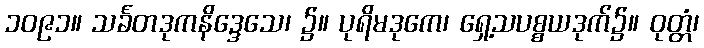
၁၀၉၁။ သင်္ခတဒုကနိဒ္ဒေသေ၊ ၌။ ပုရိမဒုကေ၊ ရှေ့သပစ္စယဒုက်၌။ ဝုတ္တံ၊